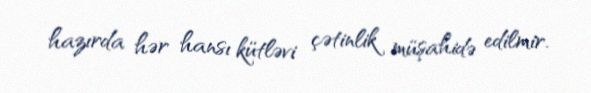
hazırda hər hansı kütləvi çətinlik müşahidə edilmir.